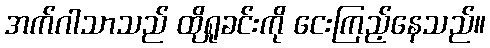
အက်ဂါသာသည် ထိုရှုခင်းကို ငေးကြည့်နေသည်။